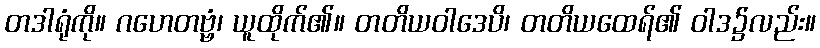
တဒါရုံကို။ ဂဟေတဗ္ဗံ၊ ယူထိုက်၏။ တတိယဝါဒေပိ၊ တတိယထေရ်၏ ဝါဒ၌လည်း။